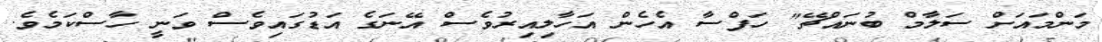
މަންމައަށް ސަލާމް ބުނައްޗޭ" ހަފްސާ އެހެން އަހާލިއިރުވެސް އޭނަގެ އަޑުގައިވެސް ވަނީ ހާސްކަމެވެ.